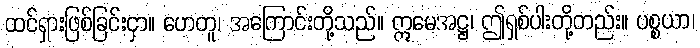
ထင်ရှားဖြစ်ခြင်းငှာ။ ဟေတူ၊ အကြောင်းတို့သည်။ ဣမေအဋ္ဌ၊ ဤရှစ်ပါးတို့တည်း။ ပစ္စယာ၊